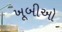
ખૂબીઓ